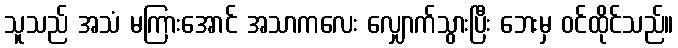
သူသည် အသံ မကြားအောင် အသာကလေး လျှောက်သွားပြီး ဘေးမှ ဝင်ထိုင်သည်။